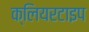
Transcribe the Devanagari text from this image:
क्लियरटाइप